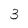
Character: 3